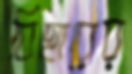
বিহারের